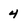
Character: 4